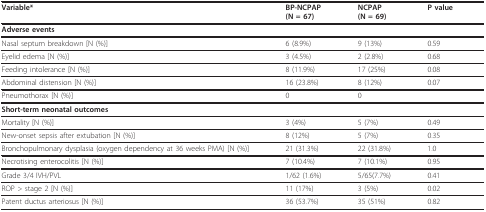
| Variable* | BP-NCPAP(N = 67) | NCPAP(N = 69) | P value |
 | --- | --- | --- | --- |
 | <COLSPAN=4> Adverse events |
 | Nasal septum breakdown [N (%)] | 6 (8.9%) | 9 (13%) | 0.59 |
 | Eyelid edema [N (%)] | 3 (4.5%) | 2 (2.8%) | 0.68 |
 | Feeding intolerance [N (%)] | 8 (11.9%) | 17 (25%) | 0.08 |
 | Abdominal distension [N (%)] | 16 (23.8%) | 8 (12%) | 0.07 |
 | Pneumothorax [N (%)] | 0 | 0 |  |
 | <COLSPAN=4> Short-term neonatal outcomes |
 | Mortality [N (%)] | 3 (4%) | 5 (7%) | 0.49 |
 | New-onset sepsis after extubation [N (%)] | 8 (12%) | 5 (7%) | 0.35 |
 | Bronchopulmonary dysplasia (oxygen dependency at 36 weeks PMA) [N (%)] | 21 (31.3%) | 22 (31.8%) | 1.0 |
 | Necrotising enterocolitis [N (%)] | 7 (10.4%) | 7 (10.1%) | 0.95 |
 | Grade 3/4 IVH/PVL | 1/62 (1.6%) | 5/65(7.7%) | 0.41 |
 | ROP > stage 2 [N (%)] | 11 (17%) | 3 (5%) | 0.02 |
 | Patent ductus arteriosus [N (%)] | 36 (53.7%) | 35 (51%) | 0.82 |